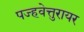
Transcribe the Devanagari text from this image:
पज्हवेत्तुरायर